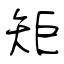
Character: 矩